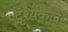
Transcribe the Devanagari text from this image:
दृश्यकले